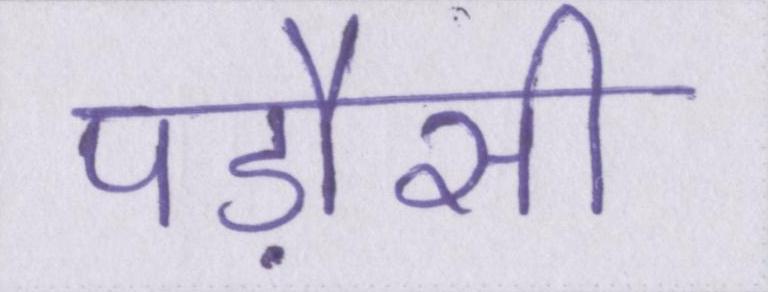
पड़ौसी